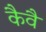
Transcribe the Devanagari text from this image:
कैवै